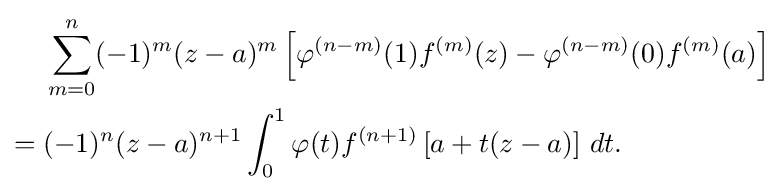
{\begin{aligned}&\sum _{m=0}^{n}(-1)^{m}(z-a)^{m}\left[\varphi ^{(n-m)}(1)f^{(m)}(z)-\varphi ^{(n-m)}(0)f^{(m)}(a)\right]\\={}&(-1)^{n}(z-a)^{n+1}\int _{0}^{1}\varphi (t)f^{(n+1)}\left[a+t(z-a)\right]\,dt.\end{aligned}}